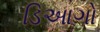
ડિઆગો